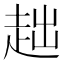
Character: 趉